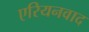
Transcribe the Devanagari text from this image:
एरियनवाद